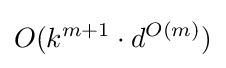
O(k^{m+1}\cdot d^{O(m)})